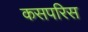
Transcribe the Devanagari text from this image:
कसपरिस